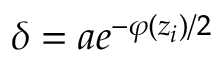
\delta = a e ^ { - \varphi ( z _ { i } ) / 2 }